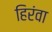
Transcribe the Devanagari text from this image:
हिरंवा